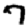
Digit: 7